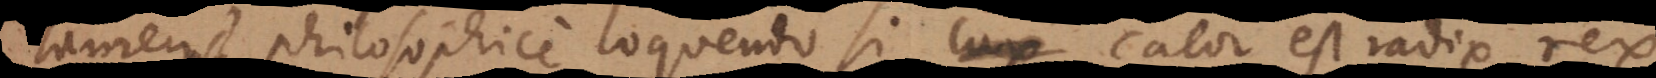
tamen philosophice loquendo si lux calor est radix, rex